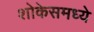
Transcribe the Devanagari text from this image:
शोकेसमध्ये